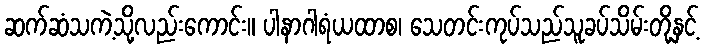
ဆက်ဆံသကဲ့သို့လည်းကောင်း။ ပါနာဂါရံယထာစ၊ သေတင်းကုပ်သည်သူခပ်သိမ်းတို့နှင့်